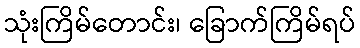
သုံးကြိမ်တောင်း၊ ခြောက်ကြိမ်ရပ်